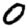
Digit: 0